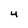
Character: 4